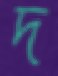
দ